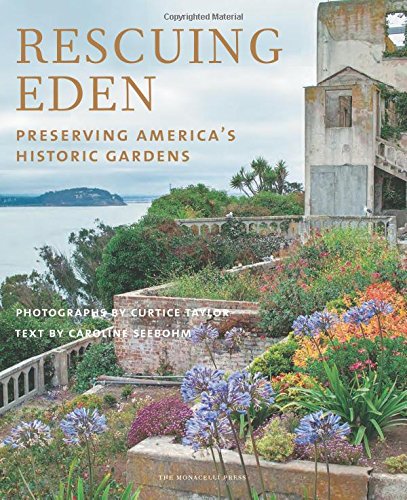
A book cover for Rescuing Eden: Preserving America's Historic Gardens; Caroline Seebohm; Crafts, Hobbies & Home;